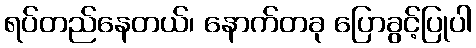
ရပ်တည်နေတယ်၊ နောက်တခု ပြောခွင့်ပြုပါ